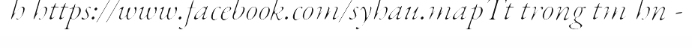
h https://www.facebook.com/syhau.mapTt trong tm hn -